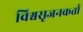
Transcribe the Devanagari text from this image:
विश्वसृजनकर्ता